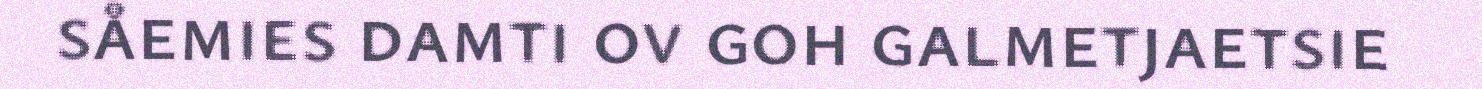
såemies damti ov goh galmetjaetsie